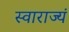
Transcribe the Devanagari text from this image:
स्वाराज्यं